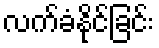
လက်ခံနိုင်ခြင်း